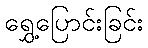
ရွှေ့ပြောင်းခြင်း